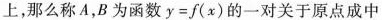
上，那么称A，B为函数$$y=f(x)$$的一对关于原点成中